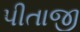
પીતાજી